Civil Veterinary Department. Central Provinces & Berar 1925-31 - 1925-1931
Year: 1925
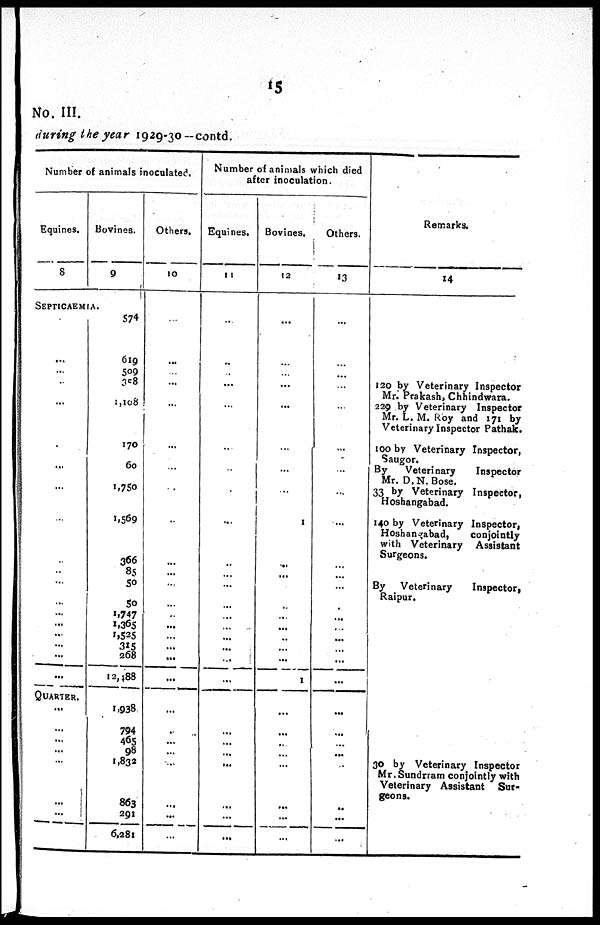
15
No. III.
during the year 1929-30-contd.
Number of animals inoculated.
Equines.
8
Bovines.
9
SEPTICAEMIA.
...
...
...
...
...
...
...
...
...
...
...
...
...
...
...
...
...
...
QUARTER.
...
...
...
...
...
...
...
...
574
619
509
358
...
1,108
170
60
1,750
1,569
366
85
50
50
1,747
1,365
1,525
268
12,188
1,938
794
465 98
1,832
863
291
6,281
Others.
10
...
...
...
...
...
...
..
...
...
..
...
...
...
...
...
...
...
...
...
...
..
...
...
...
...
...
...
Number of animals which died
after inoculation.
Equines.
11
...
...
...
...
...
...
.
...
.
...
..
...
...
...
...
...
...
...
...
...
...
...
...
...
...
...
...
Bovines.
12
...
...
...
...
...
...
...
...
...
1
...
...
...
...
...
...
..
...
1
...
...
...
...
...
...
...
...
Others.
13
...
...
...
...
...
...
...
...
...
...
...
...
...
...
...
...
...
...
...
...
...
...
...
...
..
...
...
Remarks.
14
120 by Veterinary Inspector
Mr. Prakash, Chhindwara.
229 by Veterinary Inspector
Mr. L. M. Roy and 171 by
Veterinary Inspector Pathak.
too by Veterinary Inspector,
By
Veterinary
Inspector
Mr. D.N. Bose.
33 by Veterinary Inspector,
Hoshangabad.
140 by Veterinary Inspector,
Hoshangabad,
conjointly
with Veterinary Assistant
Surgeons.
By Veterinary
Inspector,
Raipur.
30 by Veterinary Inspector
Mr.Sundrram conjointly with
Veterinary Assistant Sur-
geons.